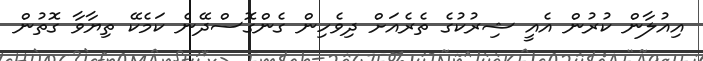
އިއުލާން ކުރުން އެއީ ޝިރުކުގެ ތެރެއަށް ދިވެހިން ގެންގޮސްދޭނެ ކަމެކޭ ތިޔާވާ ގޮތުން